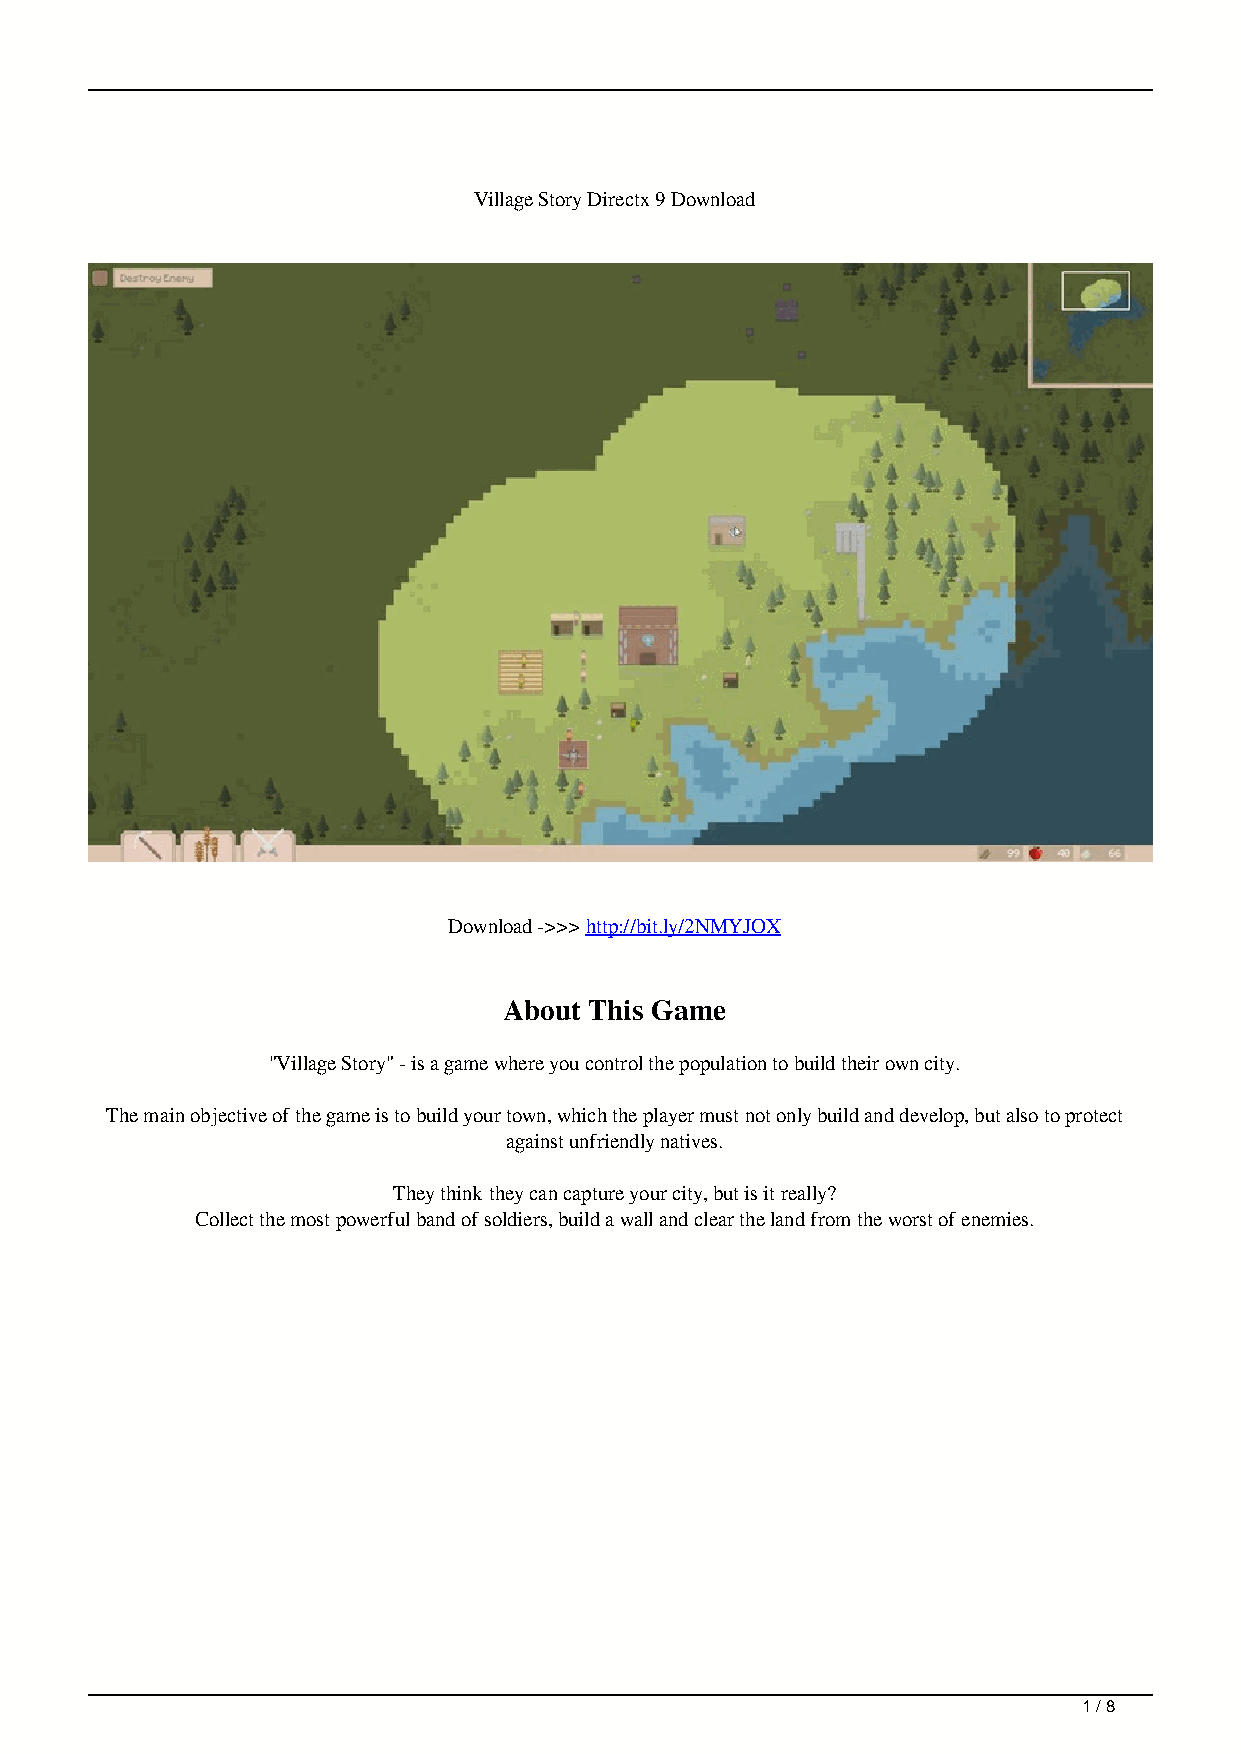
Village Story Directx 9 Download
 Download ->>> http://bit.ly/2NMYJOX
 About This Game
 "Village Story" - is a game where you control the population to build their own city.
 The main objective of the game is to build your town, which the player must not only build and develop, but also to protect
 against unfriendly natives.
 They think they can capture your city, but is it really?
 Collect the most powerful band of soldiers, build a wall and clear the land from the worst of enemies.
 1 / 8